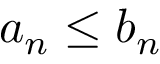
a _ { n } \leq b _ { n }